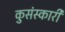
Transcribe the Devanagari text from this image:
कुसंस्कारी